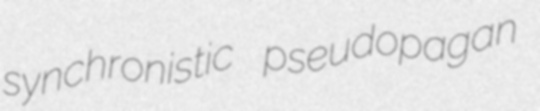
synchronistic pseudopagan